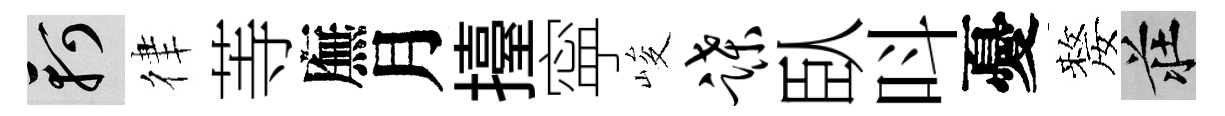
軻律䓁廡月擡寜峻蹀臥呌憂嫠莊